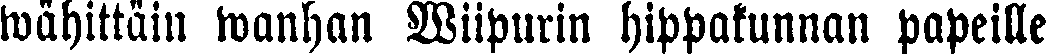
wähittäin wanhan Wiipurin hippakunnan papeille